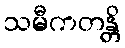
သမီကတန္တိ